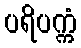
ပရိပက္ကံ